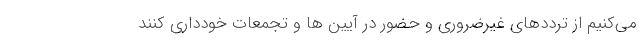
می‌کنیم از ترددهای غیرضروری و حضور در آیین ها و تجمعات خودداری کنند